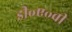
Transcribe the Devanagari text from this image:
डी॰ए॰वी